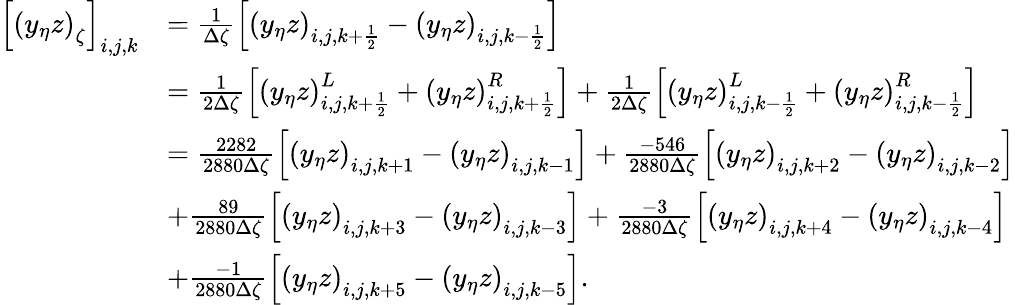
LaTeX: \begin{array}{rl}{\left[\left(y_{\eta}z\right)_{\zeta}\right]_{i,j,k}}&{=\frac{1}{\Delta\zeta}\left[\left(y_{\eta}z\right)_{i,j,k+\frac{1}{2}}-\left(y_{\eta}z\right)_{i,j,k-\frac{1}{2}}\right]}\\ &{=\frac{1}{2\Delta\zeta}\left[\left(y_{\eta}z\right)_{i,j,k+\frac{1}{2}}^{L}+\left(y_{\eta}z\right)_{i,j,k+\frac{1}{2}}^{R}\right]+\frac{1}{2\Delta\zeta}\left[\left(y_{\eta}z\right)_{i,j,k-\frac{1}{2}}^{L}+\left(y_{\eta}z\right)_{i,j,k-\frac{1}{2}}^{R}\right]}\\ &{=\frac{2282}{2880\Delta\zeta}\left[\left(y_{\eta}z\right)_{i,j,k+1}-\left(y_{\eta}z\right)_{i,j,k-1}\right]+\frac{-546}{2880\Delta\zeta}\left[\left(y_{\eta}z\right)_{i,j,k+2}-\left(y_{\eta}z\right)_{i,j,k-2}\right]}\\ &{+\frac{89}{2880\Delta\zeta}\left[\left(y_{\eta}z\right)_{i,j,k+3}-\left(y_{\eta}z\right)_{i,j,k-3}\right]+\frac{-3}{2880\Delta\zeta}\left[\left(y_{\eta}z\right)_{i,j,k+4}-\left(y_{\eta}z\right)_{i,j,k-4}\right]}\\ &{+\frac{-1}{2880\Delta\zeta}\left[\left(y_{\eta}z\right)_{i,j,k+5}-\left(y_{\eta}z\right)_{i,j,k-5}\right].}\end{array}